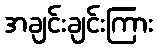
အချင်းချင်းကြား